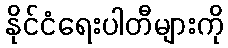
နိုင်ငံရေးပါတီများကို